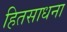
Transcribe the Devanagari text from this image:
हितसाधना